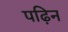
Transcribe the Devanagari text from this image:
पढ़िन